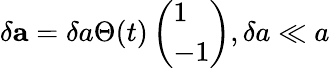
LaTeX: \delta{\mathbf a}=\delta a\Theta(t)\left(\begin{array}{l}{1}\\ {-1}\end{array}\right),\delta a\ll a